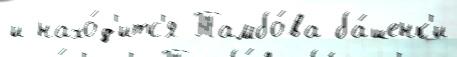
и нахо́д'итс'я Тамбо́ва ба́шенк'и